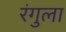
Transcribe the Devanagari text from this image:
रंगुला